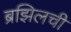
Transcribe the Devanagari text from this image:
ब्रझिलची